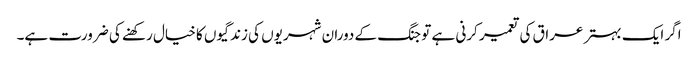
اگر ایک بہتر عراق کی تعمیر کرنی ہے تو جنگ کے دوران شہریوں کی زندگیوں کا خیال رکھنے کی ضرورت ہے۔